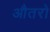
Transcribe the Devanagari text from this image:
औतरो